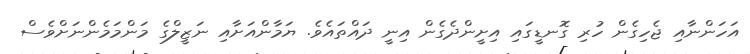
އަހަންނާއި ޖެހިގެން ހުރި ގޮނޑީގައި އިށީންދެގެން އިނީ ދައްތައެވެ. ޔަމާންއަށާއި ނަޒީލްގެ މަންމަމެންނަށްވެސް